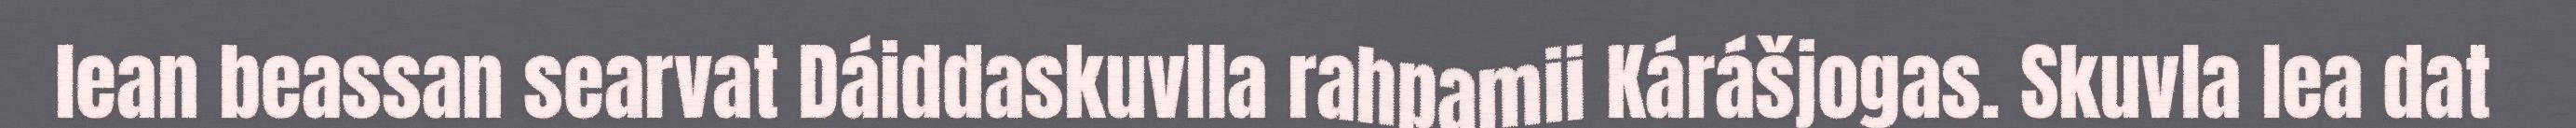
lean beassan searvat Dáiddaskuvlla rahpamii Kárášjogas. Skuvla lea dat